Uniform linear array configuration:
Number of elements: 32
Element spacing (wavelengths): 1
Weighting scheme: uniform
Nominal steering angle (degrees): -45
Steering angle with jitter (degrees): -44.568
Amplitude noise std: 0.05
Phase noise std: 0.05

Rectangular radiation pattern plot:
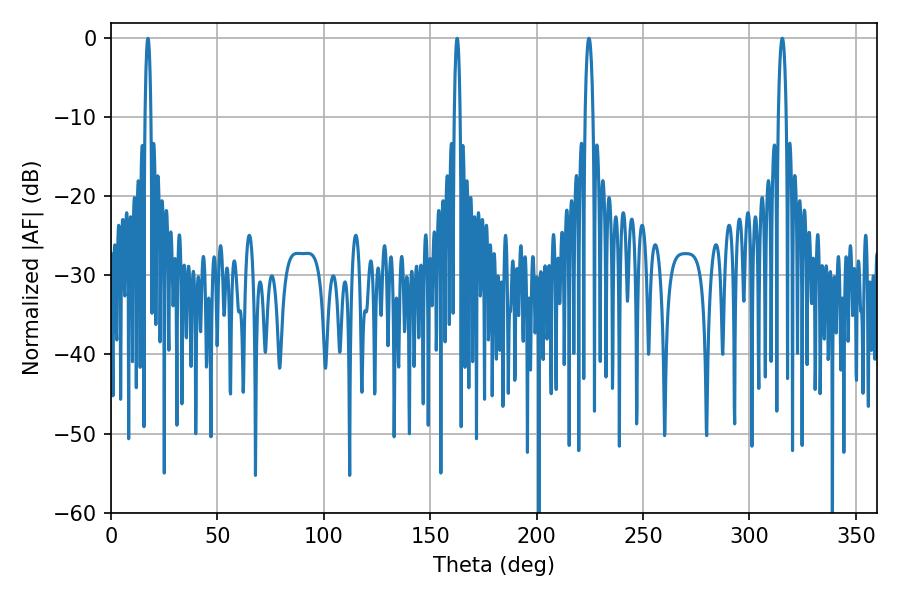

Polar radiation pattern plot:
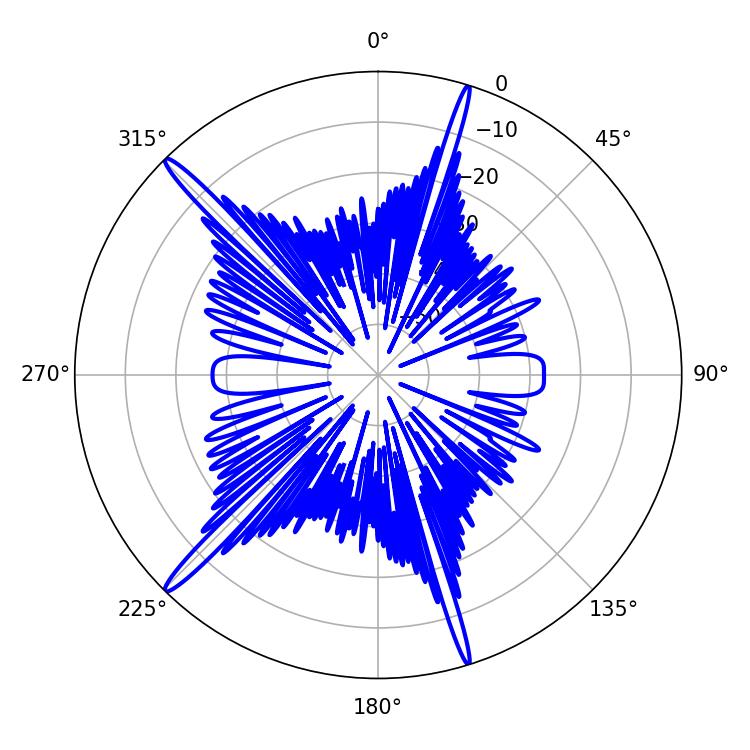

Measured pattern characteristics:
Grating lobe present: TRUE
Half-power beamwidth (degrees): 1.98
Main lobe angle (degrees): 315.36